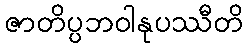
ဇာတိပ္ပဘဝါနုပဿီတိ